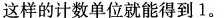
这样的计数单位就能得到1。